Source: Handwritten
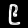
Digit: ၉ (9)